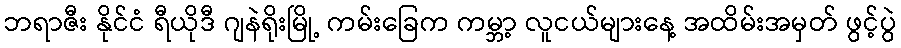
ဘရာဇီး နိုင်ငံ ရီယိုဒီ ဂျနဲရိုးမြို့ ကမ်းခြေက ကမ္ဘာ့ လူငယ်များနေ့ အထိမ်းအမှတ် ဖွင့်ပွဲ